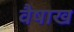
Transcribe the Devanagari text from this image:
वैषाख